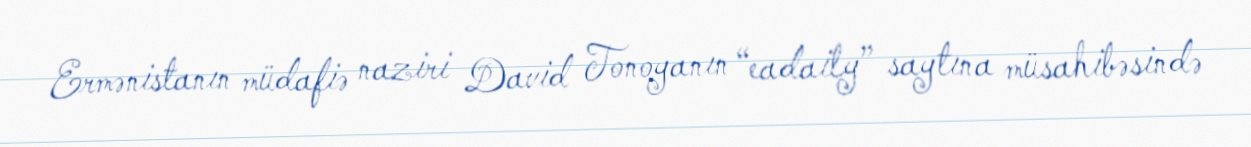
Ermənistanın müdafiə naziri David Tonoyanın “eadaily” saytına müsahibəsində